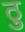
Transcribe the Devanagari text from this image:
ठु